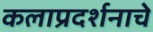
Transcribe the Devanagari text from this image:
कलाप्रदर्शनाचे